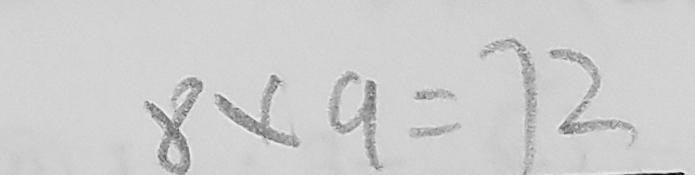
8 \times 9 = 7 2